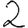
Digit: 2